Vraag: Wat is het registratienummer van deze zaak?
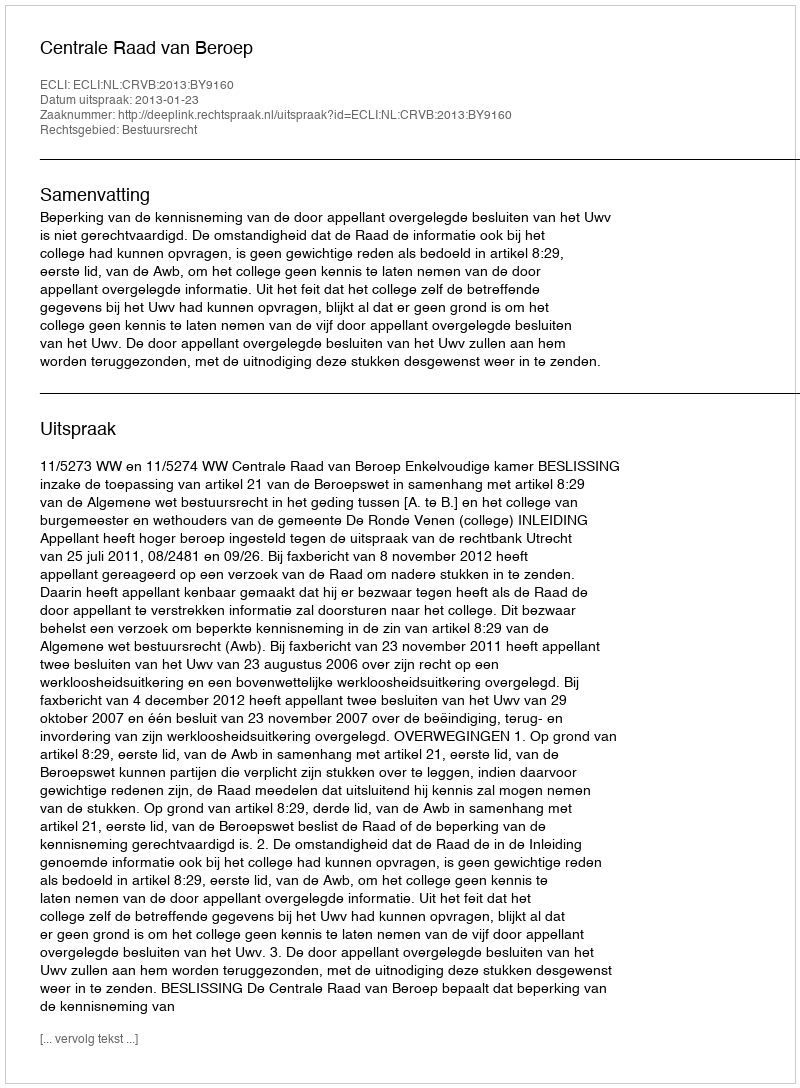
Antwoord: http://deeplink.rechtspraak.nl/uitspraak?id=ECLI:NL:CRVB:2013:BY9160